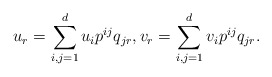
\begin{align*}u_r =\sum_{i,j=1}^d u_i p^{ij} q_{jr},v_r =\sum_{i,j=1}^d v_i p^{ij} q_{jr}.\end{align*}